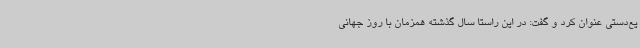
یع‌دستی عنوان کرد و گفت: در این راستا سال گذشته همزمان با روز جهانی